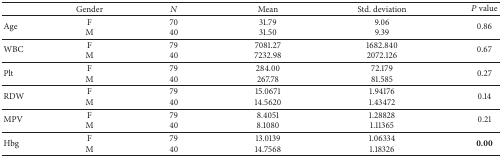
|  | Gender | N | Mean | Std. deviation | P value |
 | --- | --- | --- | --- | --- | --- |
 | Age | F M | 70 40 | 31.79 31.50 | 9.06 9.39 | 0.86 |
 | WBC | F M | 79 40 | 7081.27 7232.98 | 1682.840 2072.126 | 0.67 |
 | Plt | F M | 79 40 | 284.00 267.78 | 72.179 81.585 | 0.27 |
 | RDW | F M | 79 40 | 15.0671 14.5620 | 1.94176 1.43472 | 0.14 |
 | MPV | F M | 79 40 | 8.4051 8.1080 | 1.28828 1.11365 | 0.21 |
 | Hbg | F M | 79 40 | 13.0139 14.7568 | 1.06334 1.18326 | 0.00 |